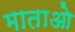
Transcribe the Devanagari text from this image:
माताओ